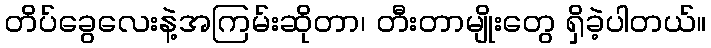
တိပ်ခွေလေးနဲ့အကြမ်းဆိုတာ၊ တီးတာမျိုးတွေ ရှိခဲ့ပါတယ်။